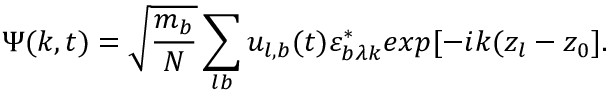
\Psi ( k , t ) = \sqrt { \frac { m _ { b } } { N } } \sum _ { l b } u _ { l , b } ( t ) \varepsilon _ { b \lambda k } ^ { \ast } e x p [ - i k ( z _ { l } - z _ { 0 } ] .